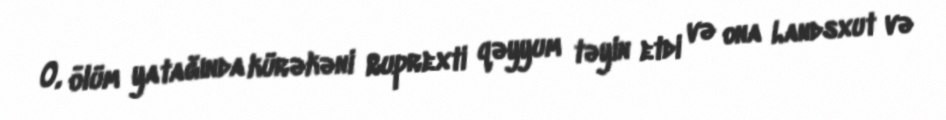
O, ölüm yatağında kürəkəni Ruprexti qəyyum təyin etdi və ona Landsxut və